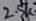
Text: 2.5K